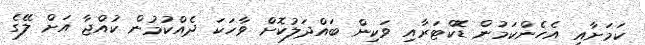
ކަމަށާއި އެހެންކަމުން ޑޮކްޓަރާއި ވަކިން ބައްދަލުކޮށް ވާހަކަ ދެއްކުމުން ކުއްޖާ އަށް ލޭގެ